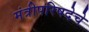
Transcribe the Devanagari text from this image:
मंत्रीपरिषदेचे